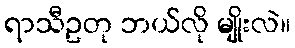
ရာသီဥတု ဘယ်လို မျိုးလဲ။